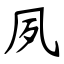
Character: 夙